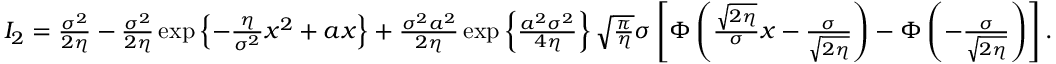
\begin{array} { r } { I _ { 2 } = \frac { \sigma ^ { 2 } } { 2 \eta } - \frac { \sigma ^ { 2 } } { 2 \eta } \exp \left\{ - \frac { \eta } { \sigma ^ { 2 } } x ^ { 2 } + a x \right\} + \frac { \sigma ^ { 2 } a ^ { 2 } } { 2 \eta } \exp \left\{ \frac { a ^ { 2 } \sigma ^ { 2 } } { 4 \eta } \right\} \sqrt { \frac { \pi } { \eta } } \sigma \left[ \Phi \left( \frac { \sqrt { 2 \eta } } { \sigma } x - \frac { \sigma } { \sqrt { 2 \eta } } \right) - \Phi \left( - \frac { \sigma } { \sqrt { 2 \eta } } \right) \right] . } \end{array}